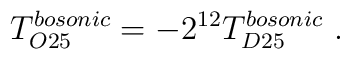
T_{O25}^{bosonic} = - 2^{12} T^{bosonic}_{D25}\ .